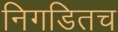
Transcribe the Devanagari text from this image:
निगडितच